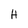
Character: H